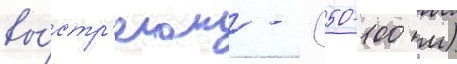
вы́стр'елом - (50-100 м)